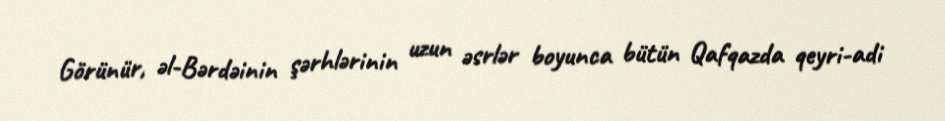
Görünür, əl-Bərdəinin şərhlərinin uzun əsrlər boyunca bütün Qafqazda qeyri-adi